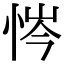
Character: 𢙿